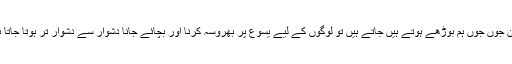
لیکن جوں جوں ہم بوڑھے ہوتے ہیں جاتے ہیں تو لوگوں کے لیے یسوع پر بھروسہ کرنا اور بچائے جانا دشوار سے دشوار تر ہوتا جاتا ہے۔